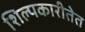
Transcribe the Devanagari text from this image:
शिल्पकारीतेत